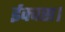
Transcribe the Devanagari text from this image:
ईक्वस।